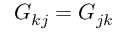
G _ { k j } = G _ { j k }